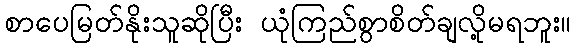
စာပေမြတ်နိုးသူဆိုပြီး ယုံကြည်စွာစိတ်ချလို့မရဘူး။